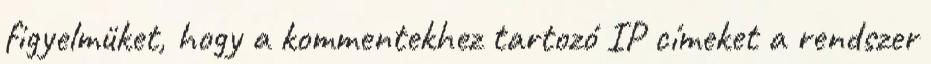
figyelmüket, hogy a kommentekhez tartozó IP címeket a rendszer